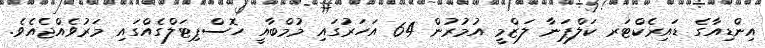
އިންޑިއާގެ ޑައިރެކްޓަރ ކަލްޕަނާ ލަޒްމީ އުމުރުން 64 އަހަރުގައި މުމްބާއީ ހޮސްޕިޓަލްގެއްގައި މަރުވެއްޖެއެވެ.